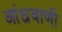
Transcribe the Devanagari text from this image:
आंध्रवाणी